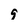
Character: 9